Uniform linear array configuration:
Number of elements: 4
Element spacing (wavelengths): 0.25
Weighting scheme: exponential
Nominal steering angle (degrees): -60
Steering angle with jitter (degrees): -60.534
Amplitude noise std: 0.05
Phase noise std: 0.05

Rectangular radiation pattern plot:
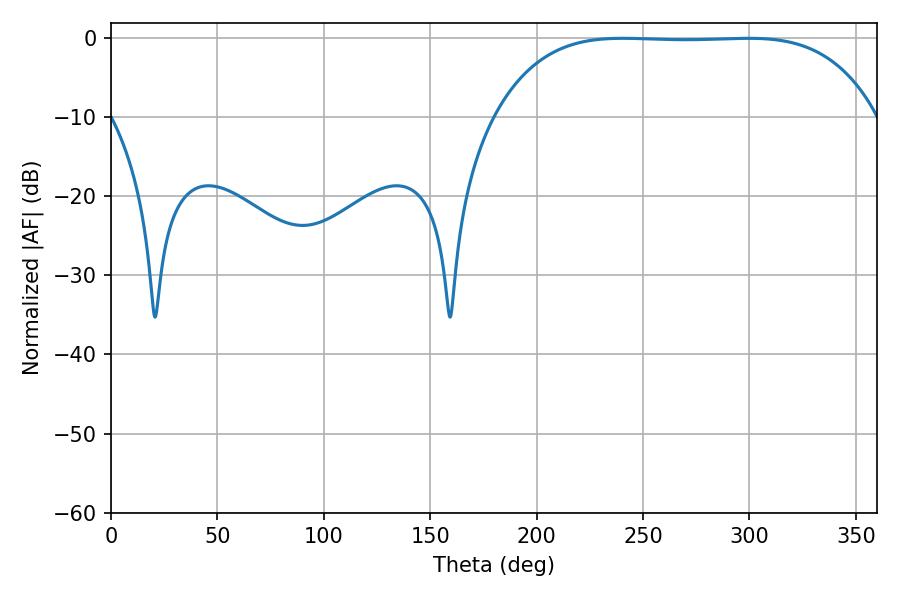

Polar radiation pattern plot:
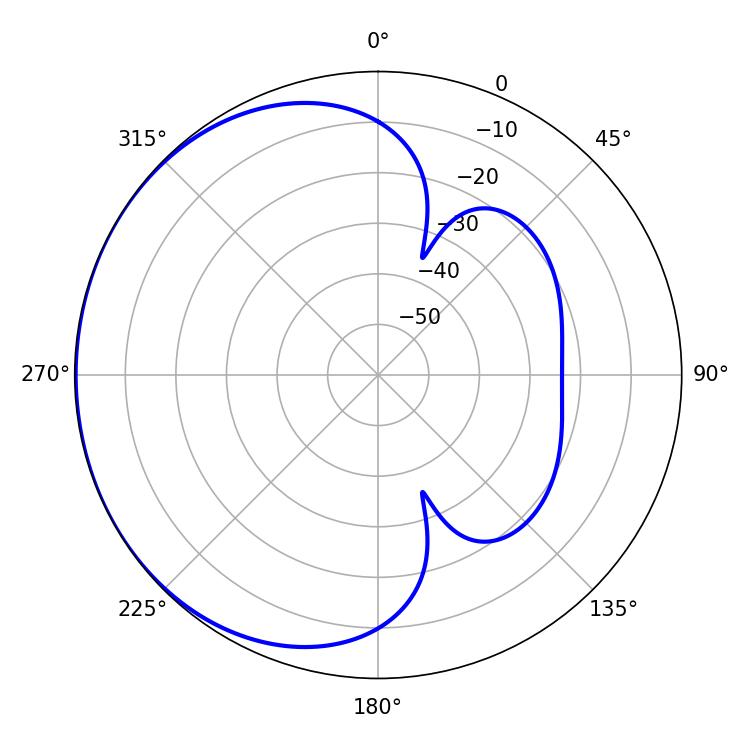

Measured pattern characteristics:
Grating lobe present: FALSE
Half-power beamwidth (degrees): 138.6
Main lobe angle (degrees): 240.48